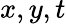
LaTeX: x,y,t